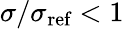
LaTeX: \sigma/\sigma_{\textnormal{ref}}<1